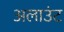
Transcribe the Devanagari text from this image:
अलाउंट